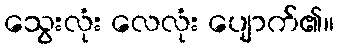
သွေးလုံး လေလုံး ပျောက်၏။